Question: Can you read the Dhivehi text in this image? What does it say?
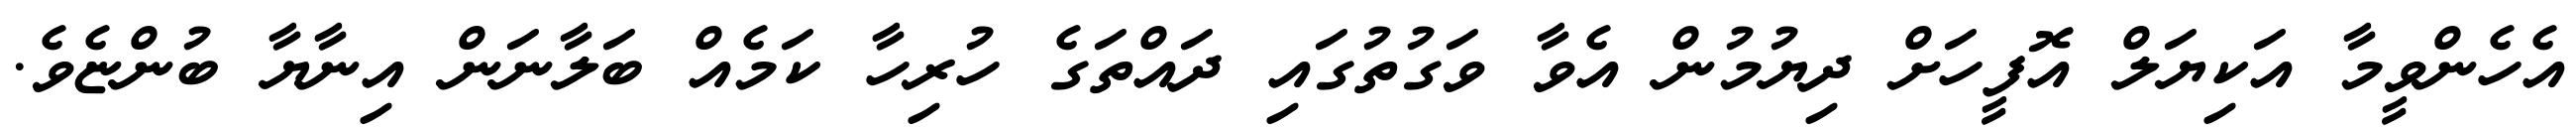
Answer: އެހެންވީމާ އަކިޔަލް އޮފީހަށް ދިޔުމުން އެވާ ވަގުތުގައި ދައްތަގެ ހުރިހާ ކަމެއް ބަލާނަން އިނާޔާ ބުންޏެވެ.